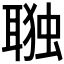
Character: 𮋷